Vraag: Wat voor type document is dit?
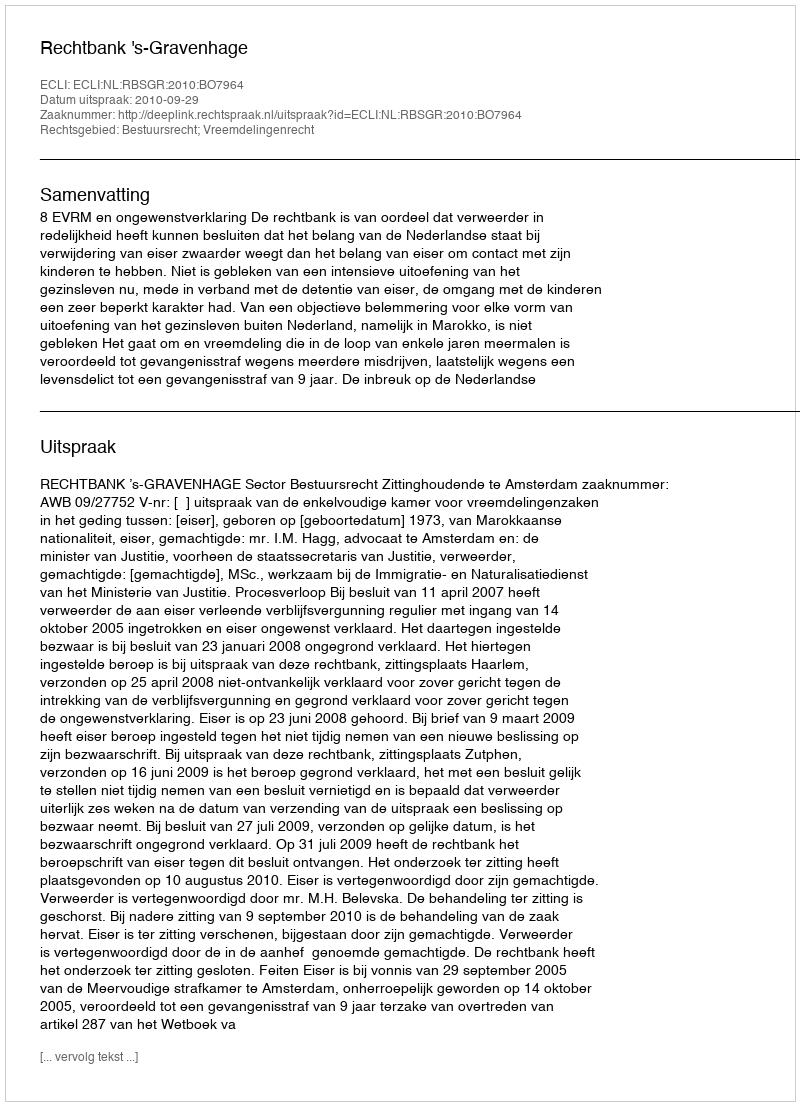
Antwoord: Uitspraak